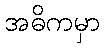
အဓိကမှာ